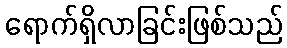
ရောက်ရှိလာခြင်းဖြစ်သည်